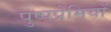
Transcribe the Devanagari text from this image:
पुष्पप्रेमियों